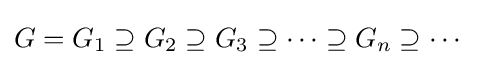
G=G_{1}\supseteq G_{2}\supseteq G_{3}\supseteq \cdots \supseteq G_{n}\supseteq \cdots